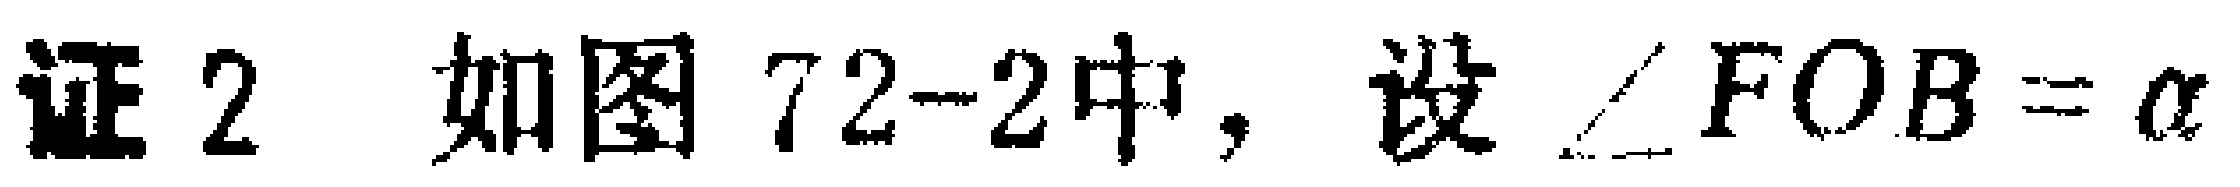
证2 如图72-2中，设$\angle FOB = \alpha$